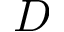
D